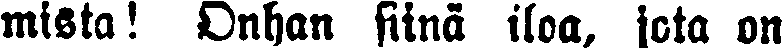
mista! Onhan siinä iloa, jota on